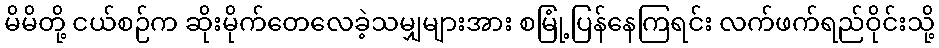
မိမိတို့ ငယ်စဉ်က ဆိုးမိုက်တေလေခဲ့သမျှများအား စမြုံ့ပြန်နေကြရင်း လက်ဖက်ရည်ဝိုင်းသို့